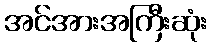
အင်အားအကြီးဆုံး